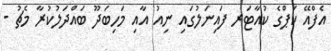
އެފްއޭ ކަޕްގެ ކުއާޓަރ ފައިނަލުގައި ނިއު އާއި މަހިބަދޫ ބައްދަލުކުރާ މެޗު -